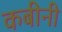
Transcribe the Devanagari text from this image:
कबीनी